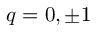
q = 0 , \pm 1